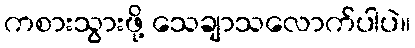
ကစားသွားဖို့ သေချာသလောက်ပါပဲ။